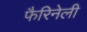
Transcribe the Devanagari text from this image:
फैरिनेली